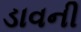
ડાવની